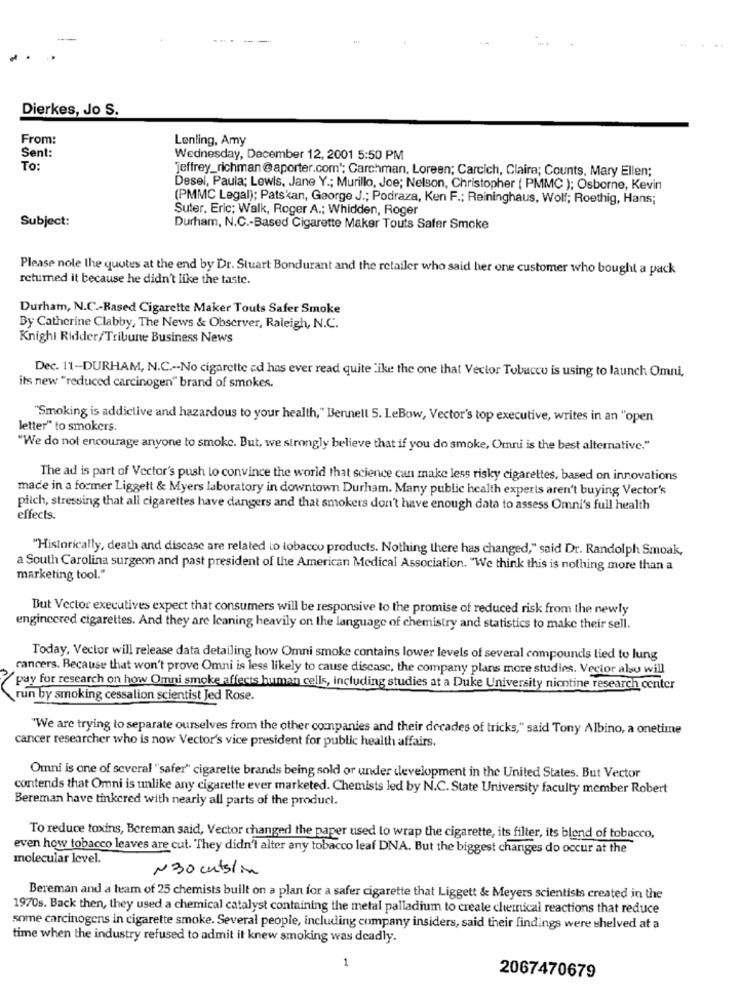
Dierkes, Jo S.
From:
Lenling, Amy
Sent:
Wednesday, December 12, 2001 5:50 PM
To:
'jeffrey_richman@aporter.com"; Carchman, Loreen; Carcich, Claire; Counts, Mary Ellen;
Desel, Paula; Lewis, Jane Y .; Murillo, Joe; Nelson, Christopher ( PMMC ); Osborne, Kevin
(PMMC Legal); Patskan, George J .; Podraza, Ken F .: Reininghaus, Wolf; Roethig, Hans;
Suter, Eric; Walk, Roger A .; Whidden, Roger
Subject:
Durham, N.C .- Based Cigarette Maker Touts Safer Smoke
Please note the quotes at the end by Dr. Stuart Bondurant and the retailer who said her one customer who bought a pack
returned it because he didn't like the taste.
Durham, N.C .- Based Cigarette Maker Touts Safer Smoke
By Catherine Clabby, The News & Observer, Raleigh, N.C.
Knighi Ridder/Tribune Business News
Dec. 11 -- DURHAM, N.C .-- No cigarette ad has ever read quite like the one that Vector Tobacco is using to launch Omni,
its new "reduced carcinogen" brand of smokes.
"Smoking is addictive and hazardous to your health," Bennell 5. LeBow, Vector's top executive, writes in an "open
letter" to smokers.
"We do not encourage anyone to smoke. But, we strongly believe that if you do smoke, Omni is the best alternative."
The ad is part of Vector's push to convince the world that science can make less risky cigarettes, based on innovations
made in a former Liggett & Myers laboratory in downtown Durham. Many public health experts aren't buying Vector's
pilch, stressing that all cigarettes have dangers and that smokers don't have enough data to assess Omni's full health
effects.
"Historically, death and discase are related to tobacco products. Nothing there has changed," said Dr. Randolph Smoak,
a South Carolina surgeon and past president of the American Medical Association. "We think this is nothing more than a
marketing tool."
But Vector executives expect that consumers will be responsive to the promise of reduced risk from the newly
engineered cigarettes. And they are Icaning heavily on the language of chemistry and statistics to make their sell.
Today, Vector will release data detailing how Omni smoke contains lower levels of several compounds lied to lung
cancers. Because that won't prove Omni is less likely to cause discasc, the company plans more studies. Vector also will
pay for research on how Omni smoke affects human cells, including studies at a Duke University nicotine research center
run by smoking cessalion scientist Jed Rose.
"We are trying to separate ourselves from the other companies and their decades of tricks," said Tony Albino, a onetime
cancer researcher who is now Vector's vice president for public health affairs.
Omni is one of several " safer" cigarette brands being sold or under development in the United States. But Vector
contends that Omni is unlike any cigarette ever marketed. Chemists led by N.C. State University faculty member Robert
Bereman have tinkered with nearly all parts of the product.
To reduce toxins, Bereman said, Vector changed the paper used to wrap the cigarette, its filter, its blend of tobacco,
even how tobacco leaves are cut. They didn't alter any tobacco leaf DNA. But the biggest changes do occur at the
molecular level.
N30 cuts/in
Bereman and a team of 25 chemists built on a plan for a safer cigarette that Liggett & Meyers scientists created in the
1970s. Back then, they used a chemical catalyst containing the metal palladium to create chemical reactions that reduce
some carcinogens in cigarette smoke. Several people, including company insiders, said their findings were shelved at a
time when the industry refused to admit it knew smoking was deadly.
1
2067470679